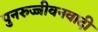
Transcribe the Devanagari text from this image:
पुनरुज्जीवनवादी